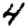
Digit: 4